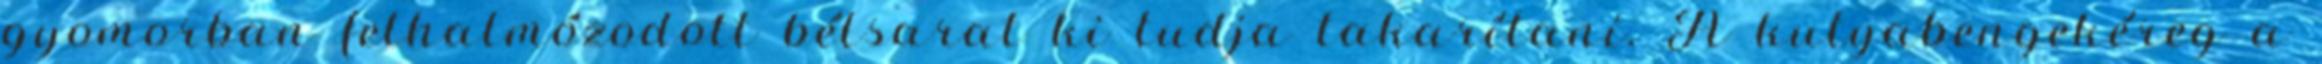
gyomorban felhalmózodott bélsarat ki tudja takarítani. A kutyabengekéreg a